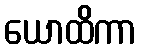
ယောထိကာ